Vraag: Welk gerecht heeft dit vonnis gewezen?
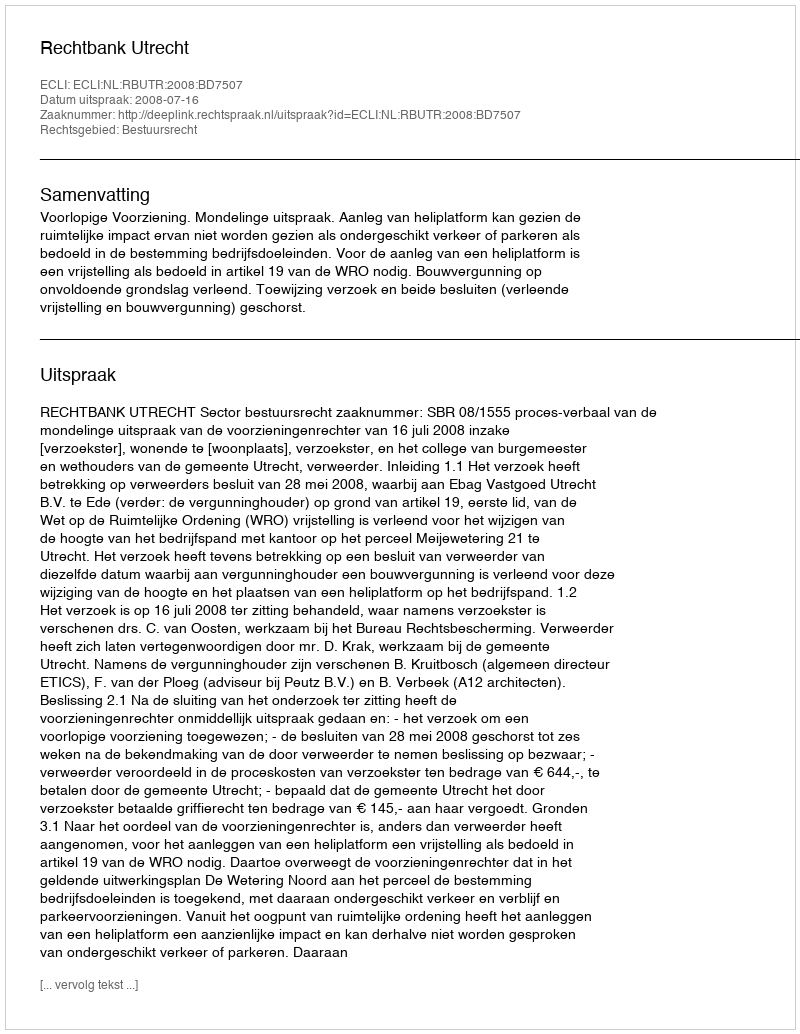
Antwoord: Rechtbank Utrecht